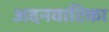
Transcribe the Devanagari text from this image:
अदनवाटिका